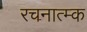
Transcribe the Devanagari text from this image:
रचनात्म्क